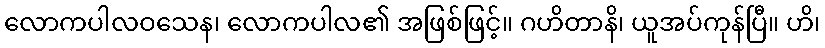
လောကပါလဝသေန၊ လောကပါလ၏ အဖြစ်ဖြင့်။ ဂဟိတာနိ၊ ယူအပ်ကုန်ပြီ။ ဟိ၊